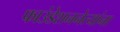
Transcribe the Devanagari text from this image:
फाउंडेशननेत्यांना